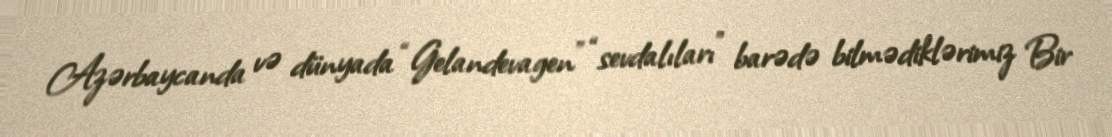
Azərbaycanda və dünyada “Gelandevagen” “sevdalıları” barədə bilmədiklərimiz Bir